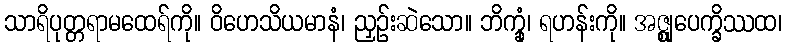
သာရိပုတ္တရာမထေရ်ကို။ ဝိဟေသိယမာနံ၊ ညှဉ်းဆဲသော။ ဘိက္ခုံ၊ ရဟန်းကို။ အဇ္ဈုပေက္ခိဿထ၊